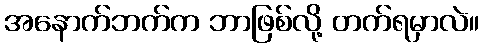
အနောက်ဘက်က ဘာဖြစ်လို့ တက်ရမှာလဲ။